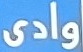
وادى